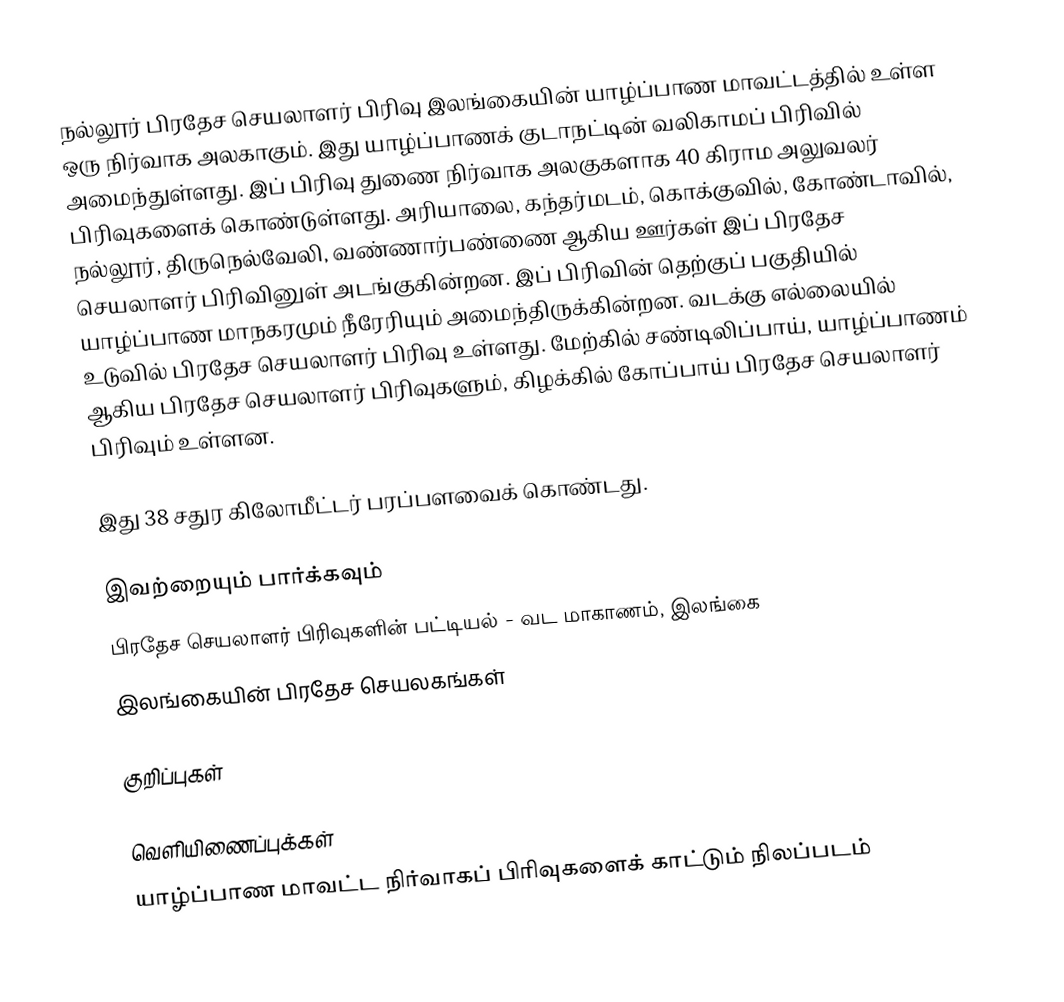
நல்லூர் பிரதேச செயலாளர் பிரிவு இலங்கையின் யாழ்ப்பாண மாவட்டத்தில் உள்ள ஒரு நிர்வாக அலகாகும். இது யாழ்ப்பாணக் குடாநட்டின் வலிகாமப் பிரிவில் அமைந்துள்ளது. இப் பிரிவு துணை நிர்வாக அலகுகளாக 40 கிராம அலுவலர் பிரிவுகளைக் கொண்டுள்ளது. அரியாலை, கந்தர்மடம், கொக்குவில், கோண்டாவில், நல்லூர், திருநெல்வேலி, வண்ணார்பண்ணை ஆகிய ஊர்கள் இப் பிரதேச செயலாளர் பிரிவினுள் அடங்குகின்றன. இப் பிரிவின் தெற்குப் பகுதியில் யாழ்ப்பாண மாநகரமும் நீரேரியும் அமைந்திருக்கின்றன. வடக்கு எல்லையில் உடுவில் பிரதேச செயலாளர் பிரிவு உள்ளது. மேற்கில் சண்டிலிப்பாய், யாழ்ப்பாணம் ஆகிய பிரதேச செயலாளர் பிரிவுகளும், கிழக்கில் கோப்பாய் பிரதேச செயலாளர் பிரிவும் உள்ளன.

இது 38 சதுர கிலோமீட்டர் பரப்பளவைக் கொண்டது.

இவற்றையும் பார்க்கவும்
  பிரதேச செயலாளர் பிரிவுகளின் பட்டியல் - வட மாகாணம், இலங்கை
  இலங்கையின் பிரதேச செயலகங்கள்

குறிப்புகள்

வெளியிணைப்புக்கள்
 யாழ்ப்பாண மாவட்ட நிர்வாகப் பிரிவுகளைக் காட்டும் நிலப்படம்